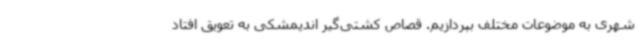
شهری به موضوعات مختلف بپردازیم. قصاص کشتی‌گیر اندیمشکی به تعویق افتاد